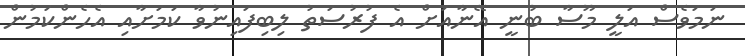
ނަމަވެސް އަލީ މޫސާ ބުނީ އޭނާއަށް އެ ފުރުސަތު ލިބިފައިނުވާ ކަމަށާއި އެހެންކަމުން